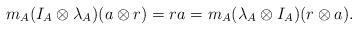
LaTeX: \begin{align*}m_A(I_A \otimes \lambda_A)(a \otimes r)=ra=m_A(\lambda_A \otimes I_A)(r \otimes a).\end{align*}